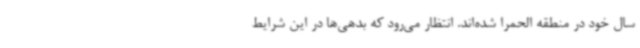
سال خود در منطقه الحمرا شده‌اند. انتظار می‌رود که بدهی‌ها در این شرایط